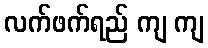
လက်ဖက်ရည် ကျ ကျ